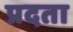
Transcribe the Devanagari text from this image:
प्रदता